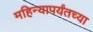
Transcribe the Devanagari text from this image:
महिन्यापर्यंतच्या